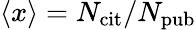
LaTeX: \left\langle{x}\right\rangle=N_{\mathrm{cit}}/N_{\mathrm{pub}}